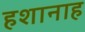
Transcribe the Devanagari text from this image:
हशानाह